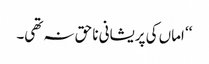
‘‘ اماں کی پریشانی نا حق نہ تھی۔